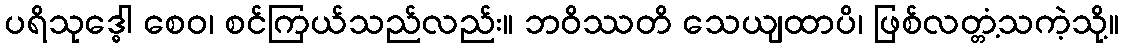
ပရိသုဒ္ဓေါ စေဝ၊ စင်ကြယ်သည်လည်း။ ဘဝိဿတိ သေယျထာပိ၊ ဖြစ်လတ္တံ့သကဲ့သို့။